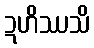
ဍဟိဿသိ